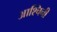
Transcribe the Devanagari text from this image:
आश्चिनी